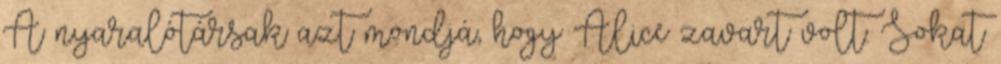
A nyaralótársak azt mondjá, hogy Alice zavart volt. Sokat